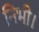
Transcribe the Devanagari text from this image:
निभी।